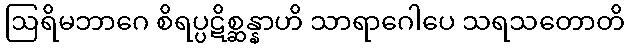
ဩရိမဘာဂေ စိရပ္ပဋိစ္ဆန္နာဟိ သာရာဂေါပေ သရသတောတိ